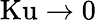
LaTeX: \mathrm{Ku}\to 0